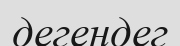
дегендег